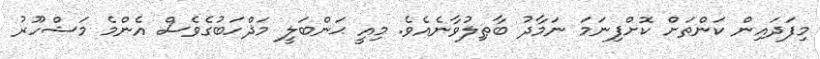
މިފަދައިން ކަންތަށް ކޮށްފިނަމަ ނަމާދު ބާޠިލުވާނެއެވެ. މިއީ ޙަންބަލީ މަޛްހަބުގެވެސް އެންމެ މަޝްހޫރު